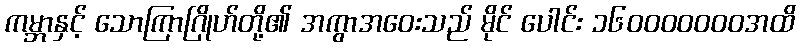
ကမ္ဘာနှင့် သောကြာဂြိုဟ်တို့၏ အကွာအဝေးသည် မိုင် ပေါင်း ၁၆၀၀၀၀၀၀၀အထိ